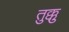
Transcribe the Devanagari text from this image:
तुक्कु